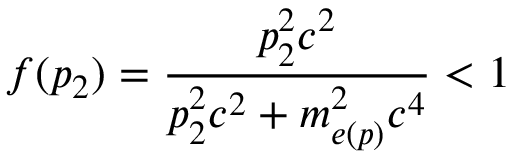
f ( p _ { 2 } ) = \frac { p _ { 2 } ^ { 2 } c ^ { 2 } } { p _ { 2 } ^ { 2 } c ^ { 2 } + m _ { e ( p ) } ^ { 2 } c ^ { 4 } } < 1